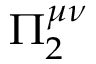
\Pi _ { 2 } ^ { \mu \nu }